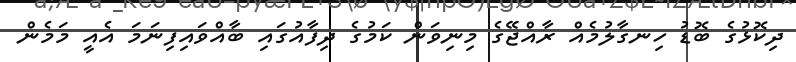
ދިކޮޅުގެ ބޮޑު ހިނގާލުމެއް ރާއްޖޭގެ މިނިވަން ކަމުގެ ދިފާއުގައި ބާއްވައިފިނަމަ އެއީ މަމެން